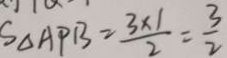
S _ { \Delta A P B } = \frac { 3 \times 1 } { 2 } = \frac { 3 } { 2 }